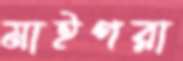
মাইগরা